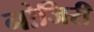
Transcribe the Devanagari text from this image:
नोजिरी